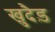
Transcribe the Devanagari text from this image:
खुदैड़